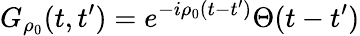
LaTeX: G_{\rho_{0}}(t,t^{\prime})=e^{-i{\rho_{0}}(t-t^{\prime})}\Theta(t-t^{\prime})